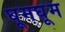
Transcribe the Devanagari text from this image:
घूमघूम